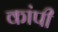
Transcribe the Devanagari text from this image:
कांपी